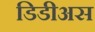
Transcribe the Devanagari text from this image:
डिडीअस